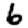
Digit: 6